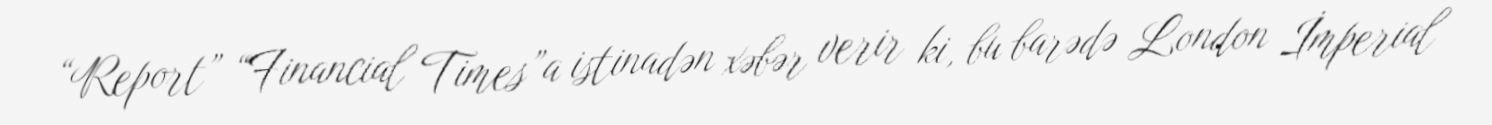
“Report” “Financial Times”a istinadən xəbər verir ki, bu barədə London İmperial